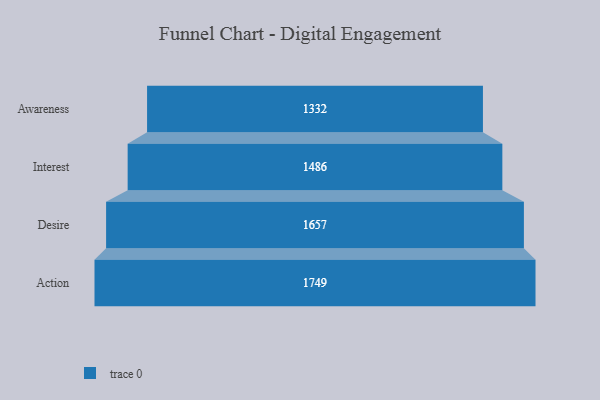
{"axis": {"x": "Stage", "y": "Value"}, "legend": [""], "data": [{"x": "Awareness", "y": 1332.0, "type": ""}, {"x": "Interest", "y": 1486.0, "type": ""}, {"x": "Desire", "y": 1657.0, "type": ""}, {"x": "Action", "y": 1749.0, "type": ""}]}